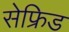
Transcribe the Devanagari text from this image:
सेफ्रिड